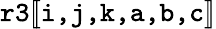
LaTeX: \texttt{r3}[\! [\texttt{i,j,k,a,b,c}]\! ]